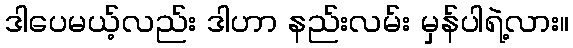
ဒါပေမယ့်လည်း ဒါဟာ နည်းလမ်း မှန်ပါရဲ့လား။